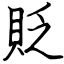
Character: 貶